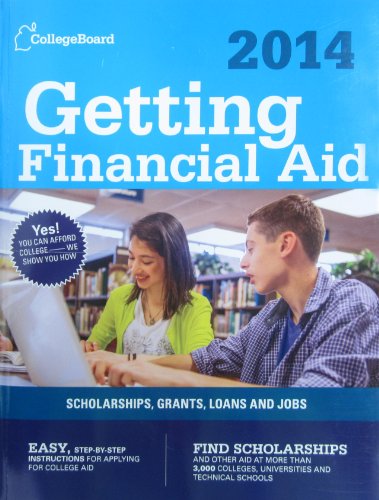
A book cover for Getting Financial Aid 2014 (College Board Guide to Getting Financial Aid); The College Board; Business & Money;